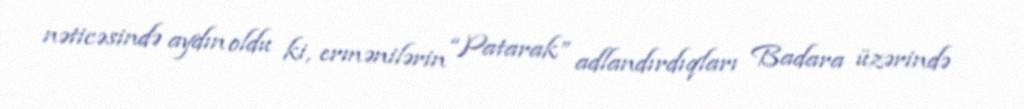
nəticəsində aydın oldu ki, ermənilərin “Patarak” adlandırdıqları Badara üzərində